Indian journal of veterinary science and animal husbandry - Volumes 15-17, 1948-1951
Year: 1948
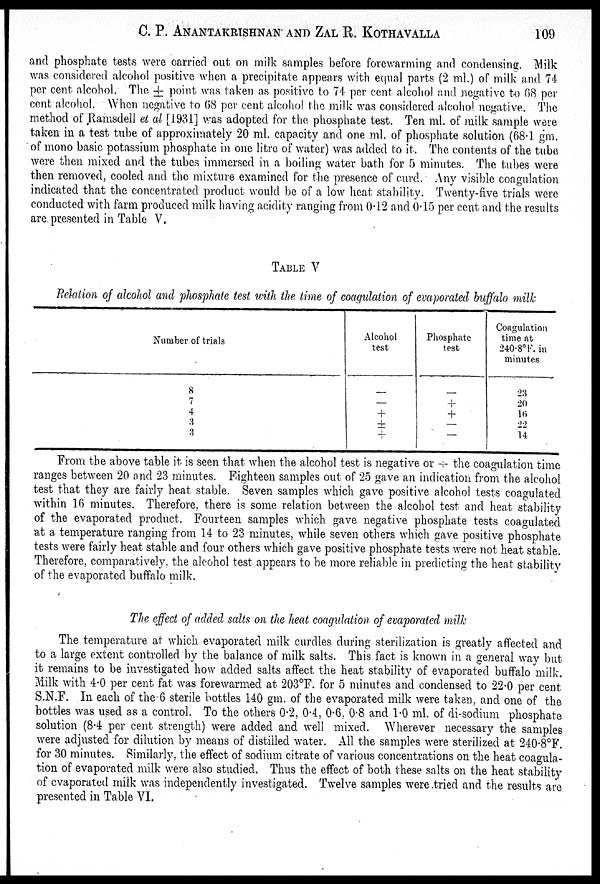
C.
P.
ANANTAKRISHNAN
AND
ZAL
R.
KOTHAVALLA
109
and phosphate tests were carried out on milk samples before forewarming and condensing. Milk
was considered alcohol positive when a precipitate appears with equal parts (2 ml.) of milk and 74
per cent alcohol. The ± point was taken as positive to 74 per cent alcohol and negative to 68 per
cent alcohol. When negative to 68 per cent alcohol the milk was considered alcohol negative. The
method of Ramsdell et al [1931] was adopted for the phosphate test. Ten ml. of milk sample were
taken in a test tube of approximately 20 ml. capacity and one ml. of phosphate solution (68.1 gm.
of mono basic potassium phosphate in one litre of water) was added to it. The contents of the tube
were then mixed and the tubes immersed in a boiling water bath for 5 minutes. The tubes were
then removed, cooled and the mixture examined for the presence of curd. Any visible coagulation
indicated that the concentrated product would be of a low heat stability. Twenty-five trials were
conducted with farm produced milk having acidity ranging from 0.12 and 0.15 per cent and the results
are presented in Table V.
TABLE V
Relation of alcohol and phosphate test with the time of coagulation of evaporated buffalo milk
Number of trials
8
7
4
3
3
Alcohol
test
—
—
+
+
+
Phosphate
test
—
+
+
—
—
Coagulation
time at
240.8° F. in
minutes
23
20
16
22
14
From the above table it is seen that when the alcohol test is negative or + the coagulation time
ranges between 20 and 23 minutes. Eighteen samples out of 25 gave an indication from the alcohol
test that they are fairly heat stable. Seven samples which gave positive alcohol tests coagulated
within 16 minutes. Therefore, there is some relation between the alcohol test and heat stability
of the evaporated product. Fourteen samples which gave negative phosphate tests coagulated
at a temperature ranging from 14 to 23 minutes, while seven others which gave positive phosphate
tests were fairly heat stable and four others which gave positive phosphate tests were not heat stable.
Therefore, comparatively, the alcohol test appears to be more reliable in predicting the heat stability
of the evaporated buffalo milk.
The effect of added salts on the heat coagulation of evaporated milk
The temperature at which evaporated milk curdles during sterilization is greatly affected and
to a large extent controlled by the balance of milk salts. This fact is known in a general way but
it remains to be investigated how added salts affect the heat stability of evaporated buffalo milk.
Milk with 4.0 per cent fat was forewarmed at 203°F. for 5 minutes and condensed to 22.0 per cent
S.N.F. In each of the 6 sterile bottles 140 gm. of the evaporated milk were taken, and one of the
bottles was used as a control. To the others 0.2, 0.4, 0.6, 0.8 and 1.0 ml. of di-sodium phosphate
solution (8.4 per cent strength) were added and well mixed. Wherever necessary the samples
were adjusted for dilution by means of distilled water. All the samples were sterilized at 240.8°F.
for 30 minutes. Similarly, the effect of sodium citrate of various concentrations on the heat coagula-
tion of evaporated milk were also studied. Thus the effect of both these salts on the heat stability
of evaporated milk was independently investigated. Twelve samples were tried and the results are
presented in Table VI.